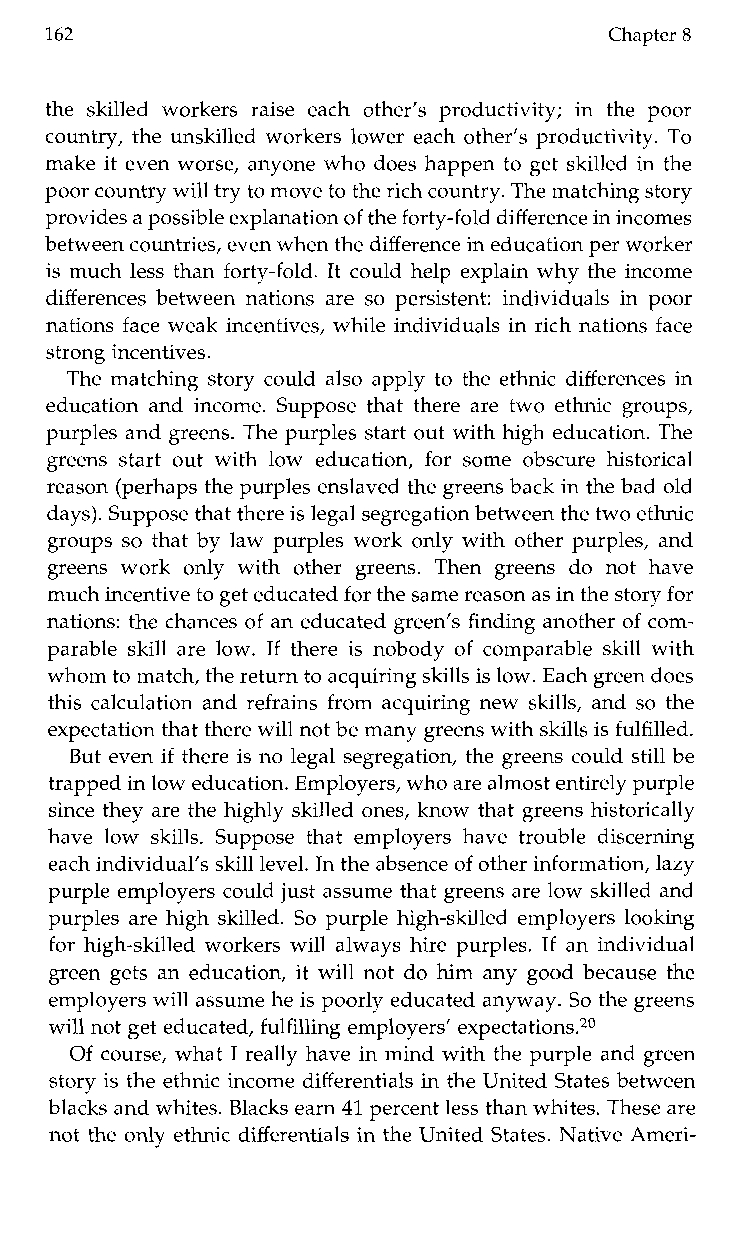
162                                  Chapter 8
 the skilled workers raise each other’s productivity;i nt hep oor
 country, the unskilled workers lower each other’s productivity. To
 make it even worse, anyone who does happen to get skilled in the
 poor country will try to move to rtihceh country. The matching story
 provides ap ossible explanation of the forty-fold difference in incomes
 between countries, evenw hen thed ifference in education per worker
 is much less than forty-fold. It could help explain why the income
 differences between nations are so persistent: individuals in poor
 nations face weak incentives, while individuals in rich nations face
 strong incentives.
 The matching story could also apply to the ethnic differences in
 education and income. Suppose that there are two ethnic groups,
 purples and greens. The purples start out with high education. The
 greenss tart outw ith low education, for someo bscure historical
 reason (perhaps the purples enslaved the greenbsa ck in the bad old
 days). Suppose that there isle gal segregation between the two ethnic
 groups so that by law purples work only with other purples, and
 greensw orko nlyw itho therg reens. Then greens do noth ave
 much incentive to get educatedfo r the same reason as in the stoforyr
 nations: the chances of an educated green’s finding another of com-
 parable skill are low. If there is nobody of comparable skill with
 whom to match, the return to acquirsinkgil ls is low. Each green does
 this calculation and refrains from acquiring new skills, and so the
 expectation that there will not be many greens withs kills is fulfilled.
 But even if there is no legal segregation, the greens could still be
 trapped in low education. Employers, who are almost entirely purple
 since they are the highly skilled ones, know that greens historically
 havel ow skills. Supposet hate mployersh avet roubled iscerning
 each individual’s skill level. In the absence of other information, lazy
 purple employers could just assume that greens are low skilled and
 purples are high skilled. So purple high-skilled employers looking
 for high-skilled workers will always hire purples. If an individual
 green gets an education, it will not do him any good because the
 employers will assume he is poorly educated anywayS. o the greens
 will not get educated, fulfilling employers’ expectations.20
 Of course, what I really have in mind with the purple and green
 story is the ethnic income differentials in the United States between
 blacks and whites. Blacks earn 41 percent less than whites. These are
 not the only ethnic differentials in the United States. Native Ameri-